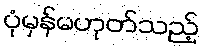
ပုံမှန်မဟုတ်သည့်